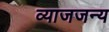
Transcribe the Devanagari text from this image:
व्याजजन्य